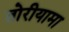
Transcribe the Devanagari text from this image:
तोरीयामा